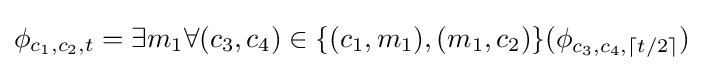
\phi _{c_{1},c_{2},t}=\exists m_{1}\forall (c_{3},c_{4})\in \{(c_{1},m_{1}),(m_{1},c_{2})\}(\phi _{c_{3},c_{4},\lceil t/2\rceil })